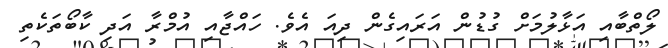
ލޯތްބާއި އަޅާލުމަށް ގުޑުން އަރައިގެން ދިއަ އެވެ. ހައްޖާއި އުމްރާ އަދި ކާބޯތަކެތި